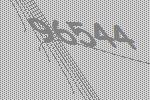
96544